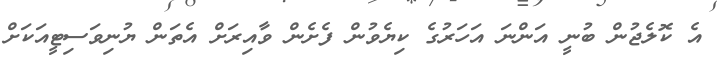
އެ ކޮލެޖުން ބުނީ އަންނަ އަހަރުގެ ކިޔެވުން ފެށެން ވާއިރަށް އެތަން ޔުނިވަސިޓީއަކަށް